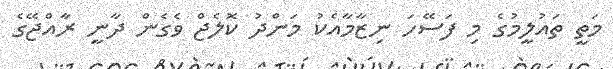
މަތީ ތައުލީމުގެ މި ފަސޭހަ ނިޒާމާއެކު މަންދު ކޮލެޖް ވެގެން ދާނީ ރާއްޖޭގެ